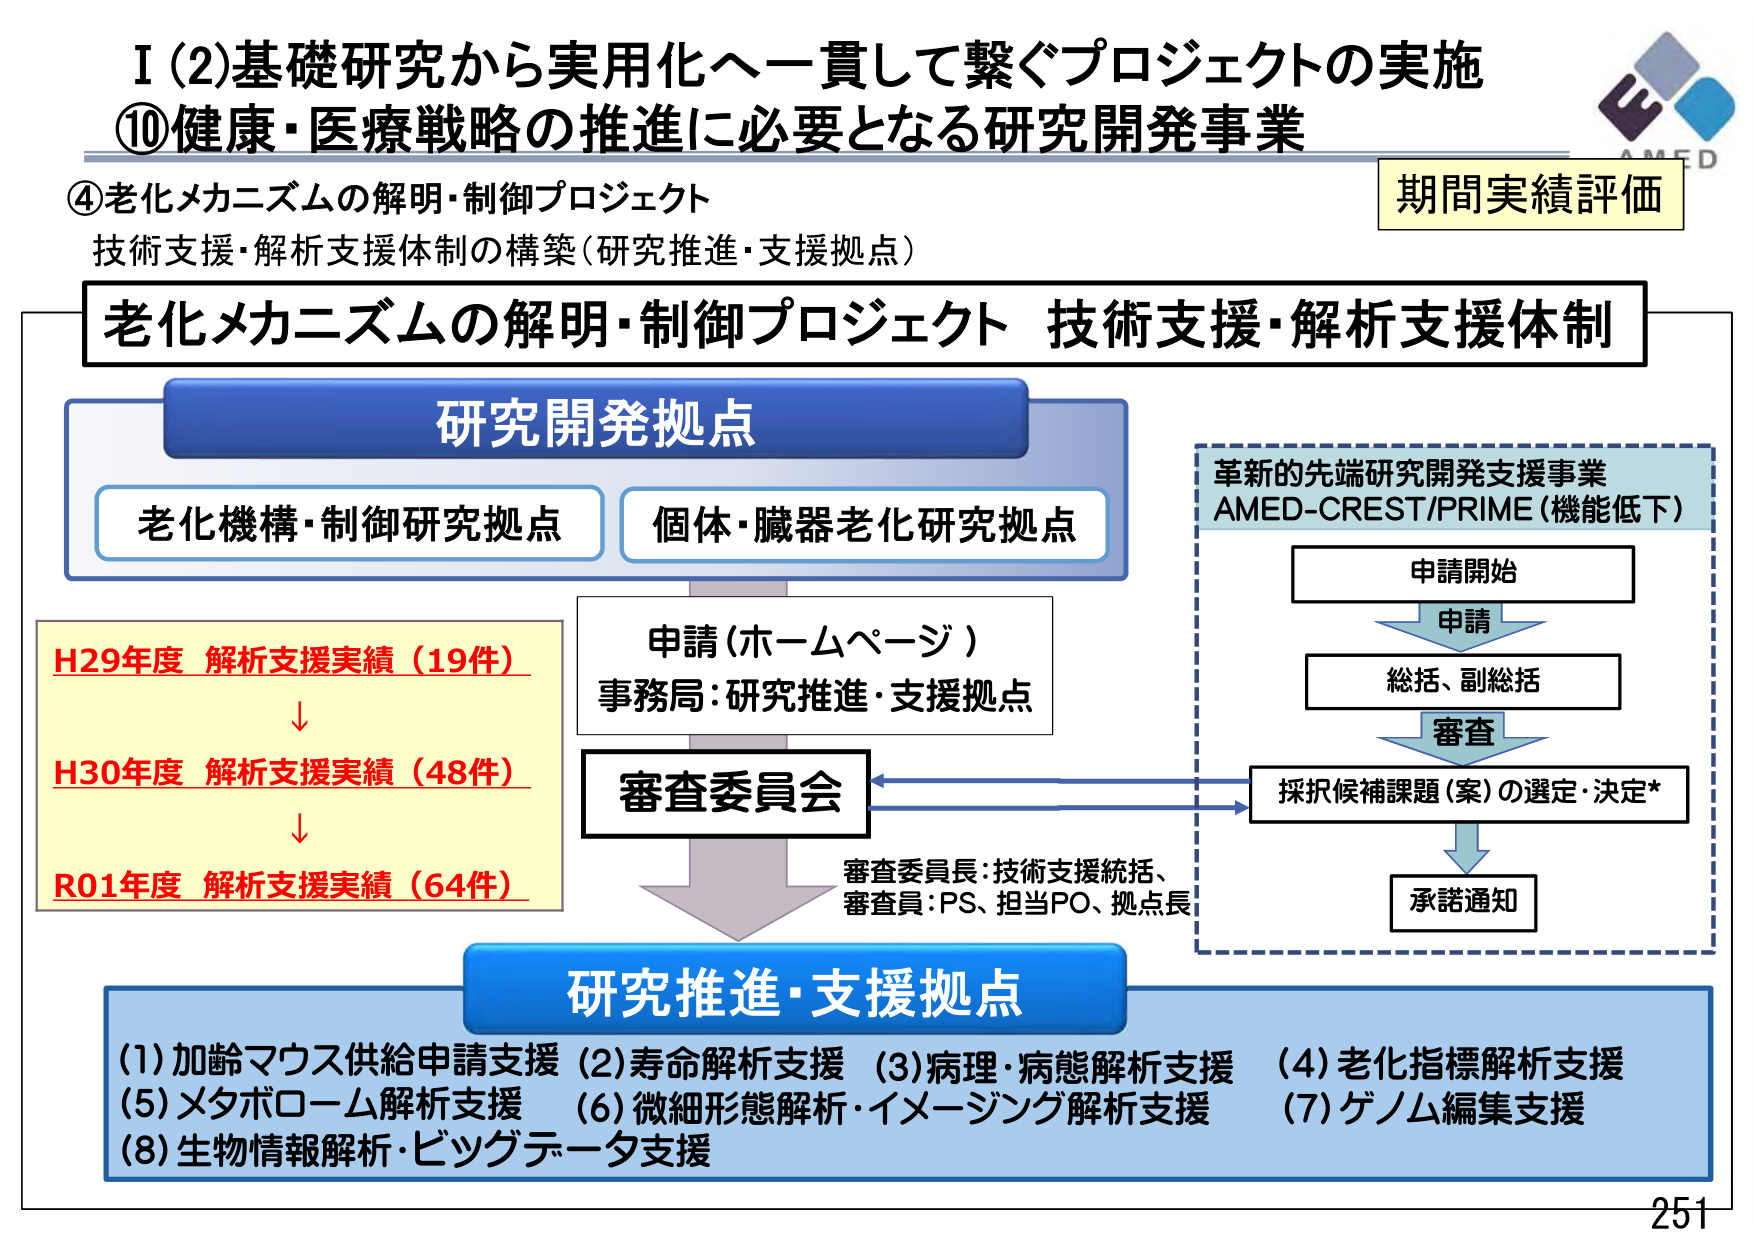
I (2)基礎研究から実用化へ一貫して繋ぐプロジェクトの実施
⑩健康・医療戦略の推進に必要となる研究開発事業
④老化メカニズムの解明・制御プロジェクト
技術支援・解析支援体制の構築（研究推進・支援拠点）
期間実績評価

老化メカニズムの解明・制御プロジェクト 技術支援・解析支援体制

研究開発拠点
老化機構・制御研究拠点
個体・臓器老化研究拠点

H29年度 解析支援実績（19件）
↓
H30年度 解析支援実績（48件）
↓
R01年度 解析支援実績（64件）

申請（ホームページ）
事務局：研究推進・支援拠点

審査委員会
審査委員長：技術支援統括、
審査員：PS、担当PO、拠点長

研究推進・支援拠点
(1) 加齢マウス供給申請支援
(2) 寿命解析支援
(3) 病理・病態解析支援
(4) 老化指標解析支援
(5) メタボローム解析支援
(6) 微細形態解析・イメージング解析支援
(7) ゲノム編集支援
(8) 生物情報解析・ビッグデータ支援

革新的先端研究開発支援事業
AMED-CREST/PRIME（機能低下）
申請開始
↓申請
総括、副総括
↓審査
採択候補課題（案）の選定・決定*
↓
承諾通知

AMED
251